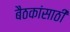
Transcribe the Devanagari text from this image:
बैठकांसाठी